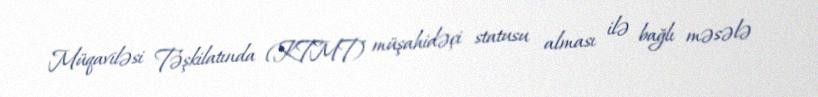
Müqaviləsi Təşkilatında (KTMT) müşahidəçi statusu alması ilə bağlı məsələ